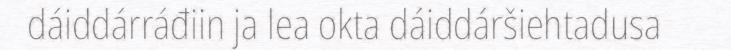
dáiddárráđiin ja lea okta dáiddáršiehtadusa